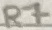
Text: R7